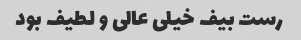
رست بیف خیلی عالی و لطیف بود